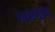
ખામગાવ